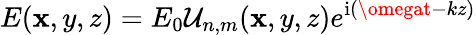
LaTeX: E(\mathbf{x},y,z)=E_{0}\mathcal{{U}}_{n,m}(\mathbf{x},y,z)e^{\mathrm{{i}}\left(\omegat-kz\right)}